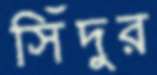
সিঁদুর